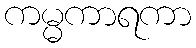
ကမ္မကာရကာ